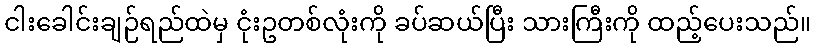
ငါးခေါင်းချဉ်ရည်ထဲမှ ငုံးဥတစ်လုံးကို ခပ်ဆယ်ပြီး သားကြီးကို ထည့်ပေးသည်။